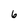
Character: 6